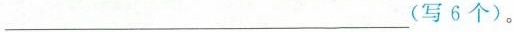
___(写6个)。